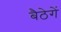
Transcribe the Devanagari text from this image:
बैठेगें